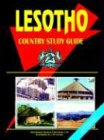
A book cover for Lesotho Country Study Guide; Ibp Usa; Travel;